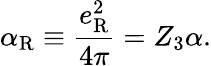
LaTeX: \alpha_{\mathrm{R}}\equiv\frac{e_{\mathrm{R}}^{2}}{4\pi}=Z_{3}\alpha.